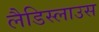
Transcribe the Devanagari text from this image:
लैडिस्लाउस